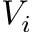
V _ { i }